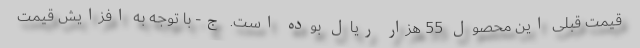
قیمت قبلی این محصول 55 هزار ریال بوده است. ج- با توجه به افزایش قیمت